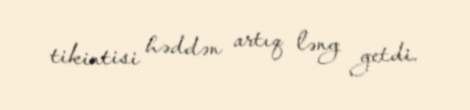
tikintisi həddən artıq ləng getdi.